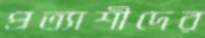
প্রত্যাশীদের